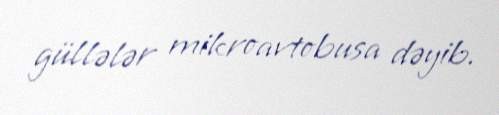
güllələr mikroavtobusa dəyib.